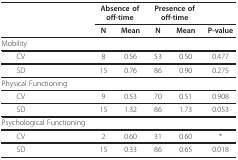
<table><thead><tr><td></td><td colspan="2"><b>Absence ofoff-time</b></td><td colspan="2"><b>Presence ofoff-time</b></td><td></td></tr><tr><td></td><td><b>N</b></td><td><b>Mean</b></td><td><b>N</b></td><td><b>Mean</b></td><td><b>P-value</b></td></tr></thead><tbody><tr><td>Mobility</td><td></td><td></td><td></td><td></td><td></td></tr><tr><td> CV</td><td>8</td><td>0.56</td><td>53</td><td>0.50</td><td>0.477</td></tr><tr><td> SD</td><td>15</td><td>0.76</td><td>86</td><td>0.90</td><td>0.275</td></tr><tr><td>Physical Functioning</td><td></td><td></td><td></td><td></td><td></td></tr><tr><td> CV</td><td>9</td><td>0.53</td><td>70</td><td>0.51</td><td>0.908</td></tr><tr><td> SD</td><td>15</td><td>1.32</td><td>86</td><td>1.73</td><td>0.053</td></tr><tr><td>Psychological Functioning</td><td></td><td></td><td></td><td></td><td></td></tr><tr><td> CV</td><td>2</td><td>0.60</td><td>31</td><td>0.60</td><td>*</td></tr><tr><td> SD</td><td>15</td><td>0.33</td><td>86</td><td>0.65</td><td>0.018</td></tr></tbody></table>